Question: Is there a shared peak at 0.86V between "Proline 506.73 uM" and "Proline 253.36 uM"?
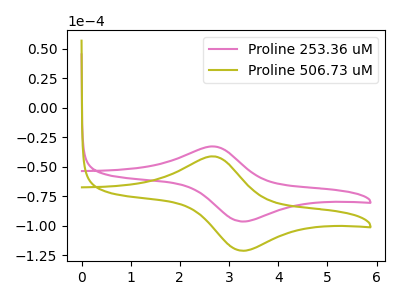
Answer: <think>The pink curve "Proline 253.36 uM" has an anodic peak at (2.65V, -32.80uA) and a cathodic peak at (3.25V, -96.50uA). The olive curve "Proline 506.73 uM" has an anodic peak at (2.65V, -41.25uA) and a cathodic peak at (3.25V, -121.30uA).</think>
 <answer>No, "Proline 506.73 uM" and "Proline 253.36 uM" dont share a peak at 0.86V.</answer>
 <eval>mismatch</eval>